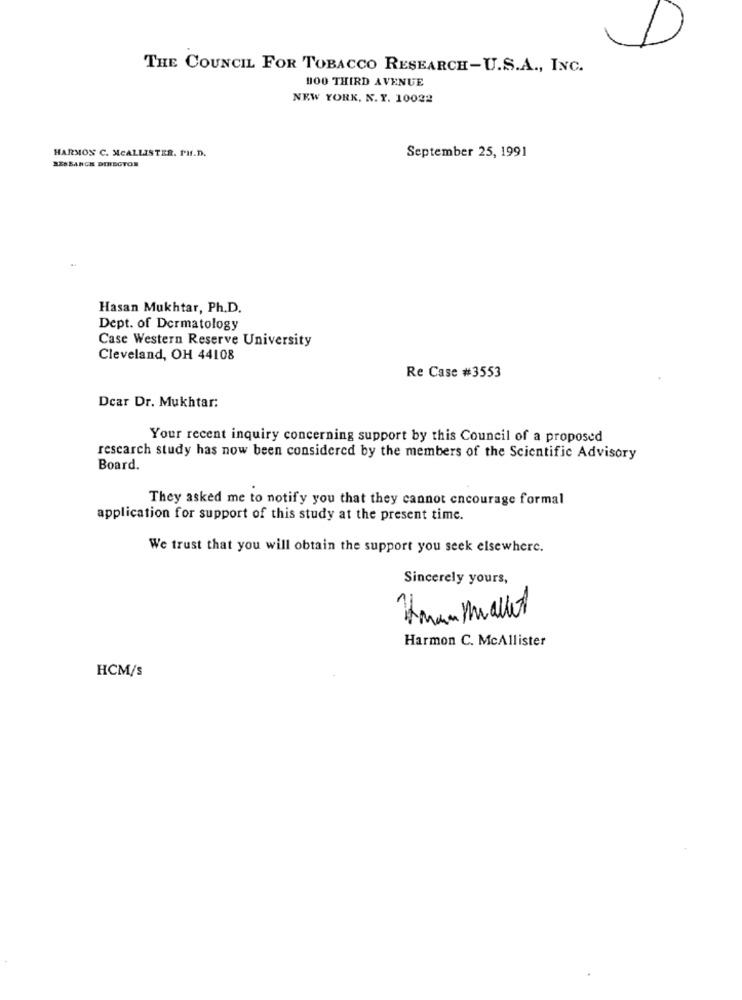
THE COUNCIL FOR TOBACCO RESEARCH-U.S.A ., INC.
100 THIRD AVENUE
NEW YORK, N.Y. 10022
HARMON C. MCALLISTER. PH.D.
September 25, 1991
RESBANCH DIRECTOR
Hasan Mukhtar, Ph.D.
Dept. of Dermatology
Case Western Reserve University
Cleveland, OH 44108
Re Case #3553
Dcar Dr. Mukhtar:
Your recent inquiry concerning support by this Council of a proposed
research study has now been considered by the members of the Scientific Advisory
Board.
They asked me to notify you that they cannot encourage formal
application for support of this study at the present time.
We trust that you will obtain the support you seek elsewhere.
Sincerely yours,
Hman Mallet
Harmon C. McAllister
HCM/s